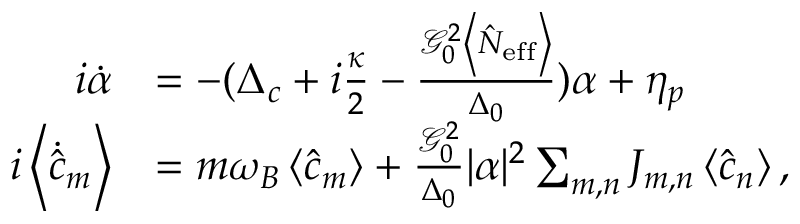
\begin{array} { r l } { i \dot { \alpha } } & { = - ( \Delta _ { c } + i \frac { \kappa } { 2 } - \frac { \mathcal { G } _ { 0 } ^ { 2 } \left\langle \hat { N } _ { \mathrm { e f f } } \right\rangle } { \Delta _ { 0 } } ) \alpha + \eta _ { p } } \\ { i \left\langle \dot { \hat { c } } _ { m } \right\rangle } & { = m \omega _ { B } \left\langle \hat { c } _ { m } \right\rangle + \frac { \mathcal { G } _ { 0 } ^ { 2 } } { \Delta _ { 0 } } | \alpha | ^ { 2 } \sum _ { m , n } J _ { m , n } \left\langle \hat { c } _ { n } \right\rangle , } \end{array}